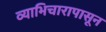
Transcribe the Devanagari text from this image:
व्याभिचारापासून